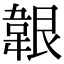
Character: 𩎤